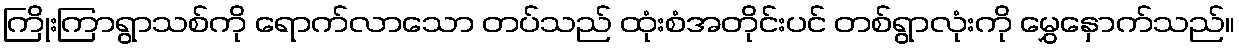
ကြိုးကြာရွာသစ်ကို ရောက်လာသော တပ်သည် ထုံးစံအတိုင်းပင် တစ်ရွာလုံးကို မွှေနှောက်သည်။